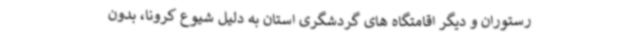
رستوران و دیگر اقامتگاه های گردشگری استان به دلیل شیوع کرونا، بدون